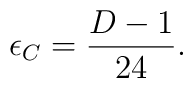
\epsilon_C=\frac{D-1}{24}.